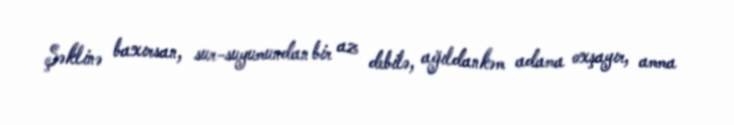
Şəklinə baxırsan, sur-suyumundan bir az debilə, ağıldankəm adama oxşayır, amma